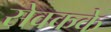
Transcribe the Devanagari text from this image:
सेवकके